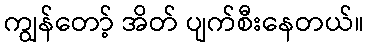
ကျွန်တော့် အိတ် ပျက်စီးနေတယ်။